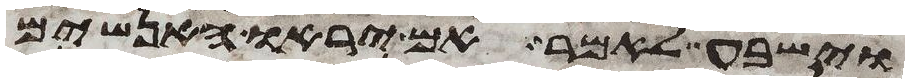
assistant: וישבע לאמר אם יראו האנשים